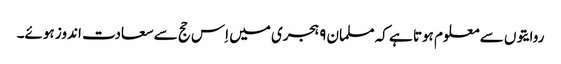
روایتوں سے معلوم ہوتا ہے کہ مسلمان ۹ ہجری میں اِس حج سے سعادت اندوز ہوئے۔